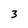
Character: 3